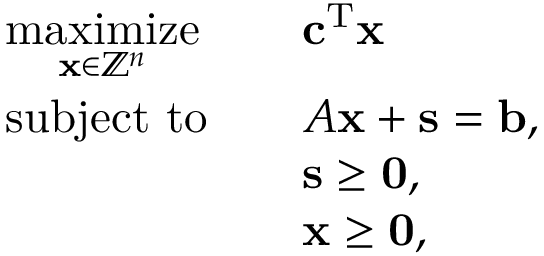
{ \begin{array} { r l r l } & { { \underset { \mathbf { x } \in \mathbb { Z } ^ { n } } { \mathrm { m a x i m i z e } } } } & & { \mathbf { c } ^ { \mathrm { T } } \mathbf { x } } \\ & { { \mathrm { s u b j e c t ~ t o } } } & & { A \mathbf { x } + \mathbf { s } = \mathbf { b } , } \\ & { } & & { \mathbf { s } \geq \mathbf { 0 } , } \\ & { } & & { \mathbf { x } \geq \mathbf { 0 } , } \end{array} }